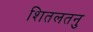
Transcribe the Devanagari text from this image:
शितलतनु